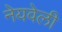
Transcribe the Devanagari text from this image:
नेयवेली